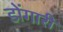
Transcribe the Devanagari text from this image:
डोंगारी